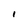
Character: I